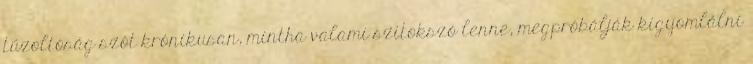
tűzoltóság szót krónikusan, mintha valami szitokszó lenne, megpróbálják kigyomlálni